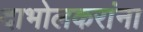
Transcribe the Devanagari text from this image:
दाभोलकरांना